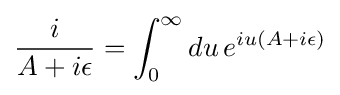
{\frac {i}{A+i\epsilon }}=\int _{0}^{\infty }du\,e^{iu(A+i\epsilon )}